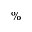
\%